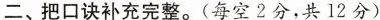
二、把口诀补充完整。(每空2分，共12分)